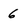
Character: 6